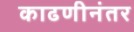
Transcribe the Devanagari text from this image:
काढणीनंतर